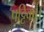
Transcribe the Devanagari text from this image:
पट्टिका।